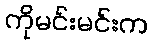
ကိုမင်းမင်းက